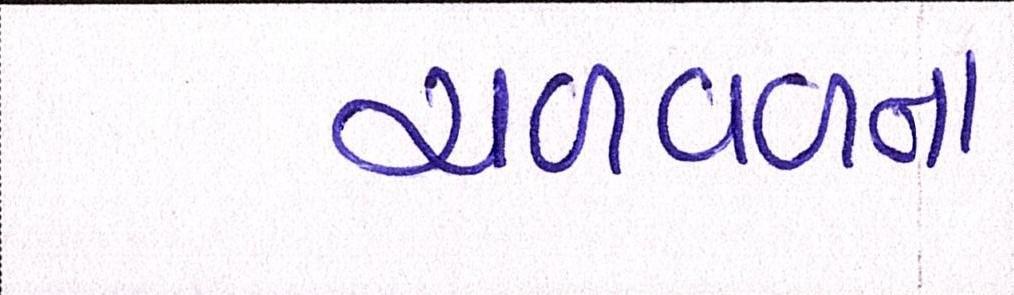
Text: ચળવળના